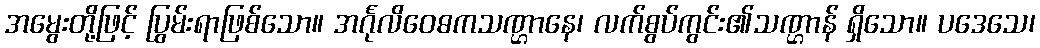
အမွေးတို့ဖြင့် ပြွမ်းရာဖြစ်သော။ အင်္ဂုလိဝေဓကသဏ္ဌာနေ၊ လက်စွပ်ကွင်း၏သဏ္ဌာန် ရှိသော။ ပဒေသေ၊